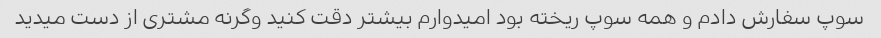
سوپ سفارش دادم و همه سوپ ریخته بود امیدوارم بیشتر دقت کنید وگرنه مشتری از دست میدید